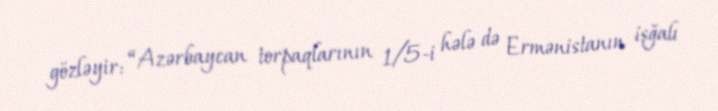
gözləyir: “Azərbaycan torpaqlarının 1/5-i hələ də Ermənistanın işğalı